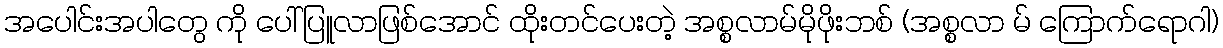
အပေါင်းအပါတွေ ကို ပေါ်ပြူလာဖြစ်အောင် ထိုးတင်ပေးတဲ့ အစ္စလာမ်မိုဖိုးဘစ် (အစ္စလာ မ် ကြောက်ရောဂါ)